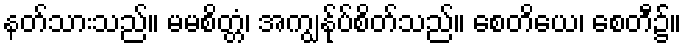
နတ်သားသည်။ မမစိတ္တံ၊ အကျွန်ုပ်စိတ်သည်။ စေတိယေ၊ စေတီ၌။